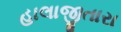
હાલાજીતારા